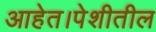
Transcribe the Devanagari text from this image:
आहेत।पेशीतील